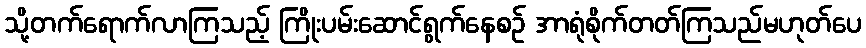
သို့တက်ရောက်လာကြသည့် ကြိုးပမ်းဆောင်ရွက်နေစဉ် အာရုံစိုက်တတ်ကြသည်မဟုတ်ပေ